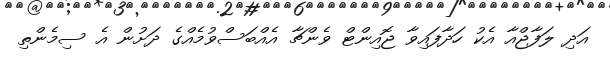
އަދި ލަފާޖްއާ އެކު ހަދާފައިވާ ޖޮއިންޓް ވެންޗާ އެއްބަސްވުމެއްގެ ދަށުން އެ ސިމެންތި